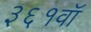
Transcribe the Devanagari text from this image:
३६१वॉ